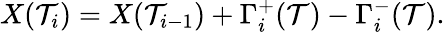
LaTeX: X(\mathcal{T}_{i})=X(\mathcal{T}_{i-1})+\Gamma_{i}^{+}(\mathcal{T})-\Gamma_{i}^{-}(\mathcal{T}).